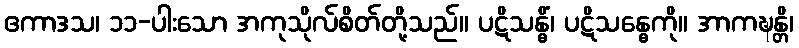
ဧကာဒသ၊ ၁၁-ပါးသော အကုသိုလ်စိတ်တို့သည်။ ပဋိသန္ဓိံ၊ ပဋိသန္ဓေကို။ အာကဍ္ဎန္တိ၊